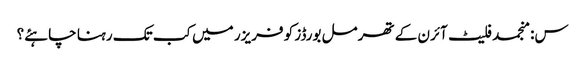
س: منجمد فلیٹ آئرن کے تھرمل بورڈز کو فریزر میں کب تک رہنا چاہئے؟